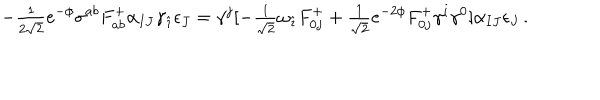
- { \textstyle \frac { 1 } { 2 \sqrt { 2 } } } e ^ { - \phi } \sigma ^ { a b } F _ { a b } ^ { + } \alpha _ { I J } \gamma _ { \hat { \imath } } \epsilon _ { J } = \gamma ^ { j } [ - { \textstyle \frac { 1 } { \sqrt { 2 } } } \omega _ { \hat { \imath } } F _ { 0 j } ^ { + } + { \textstyle \frac { 1 } { \sqrt { 2 } } } e ^ { - 2 \phi } F _ { 0 j } ^ { + } \gamma ^ { i } \gamma ^ { 0 } ] \alpha _ { I J } \epsilon _ { J } \, .